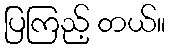
ပြကြည့် တယ်။